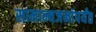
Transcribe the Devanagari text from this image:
सामान्यजनांपर्यंत